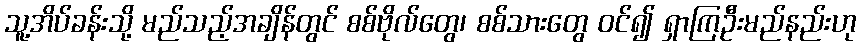
သူ့အိပ်ခန်းသို့ မည်သည့်အချိန်တွင် စစ်ဗိုလ်တွေ၊ စစ်သားတွေ ဝင်၍ ရှာကြဦးမည်နည်းဟု